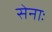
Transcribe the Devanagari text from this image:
सेनाः